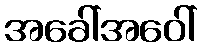
အခေါ်အဝေါ်